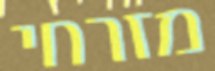
מזרחי